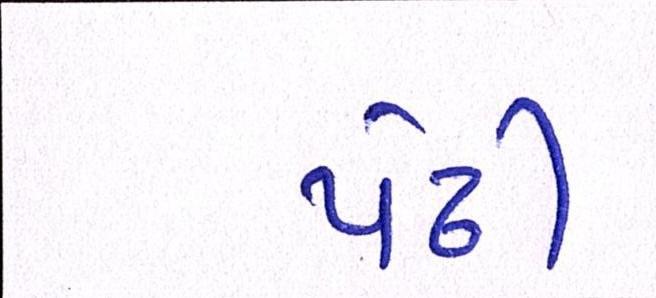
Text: પેઢી